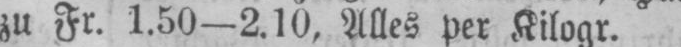
zu Fr. 1.50-2.10, Alles per Kilogr.